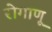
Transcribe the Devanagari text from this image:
रोगाणू